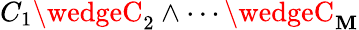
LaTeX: C_{1}\wedgeC_{2}\wedge\cdots\wedgeC_{\mathbf{M}}